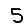
Digit: 5